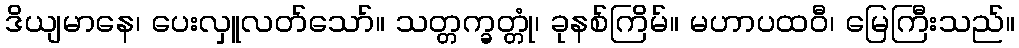
ဒိယျမာနေ၊ ပေးလှူလတ်သော်။ သတ္တက္ခတ္တုံ၊ ခုနစ်ကြိမ်။ မဟာပထဝီ၊ မြေကြီးသည်။